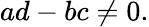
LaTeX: ad-bc\neq 0.